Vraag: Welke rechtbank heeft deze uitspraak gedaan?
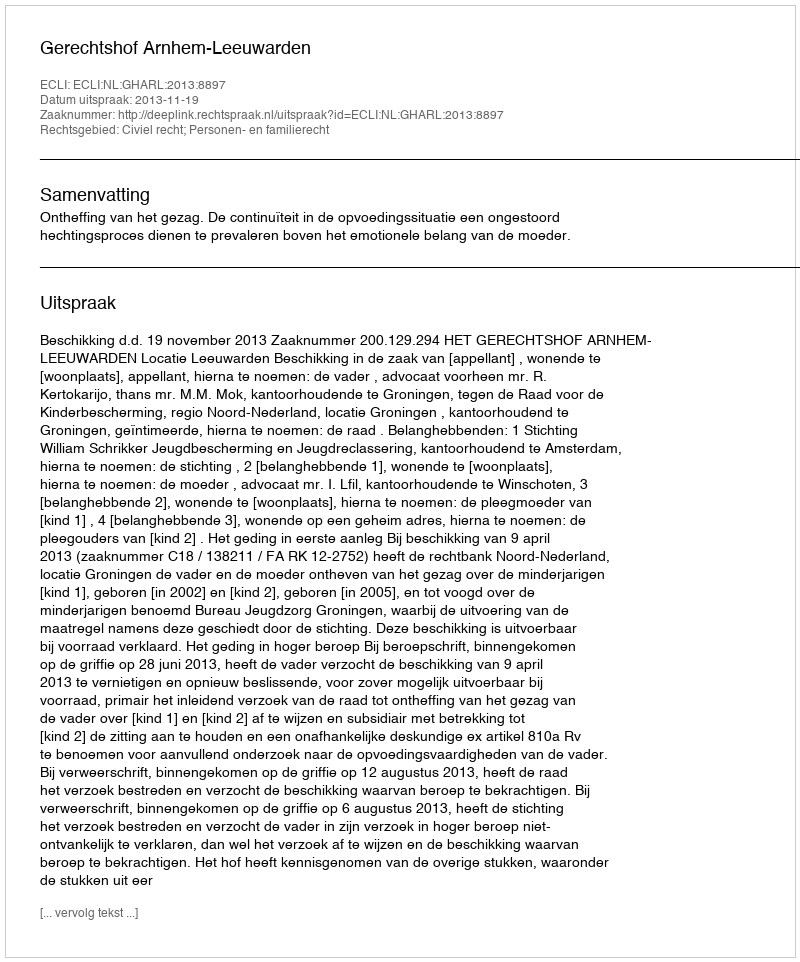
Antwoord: Gerechtshof Arnhem-Leeuwarden